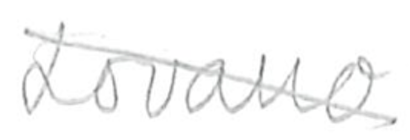
Text: Lovano
Cross-out: diagonal
Writing tool: pencil